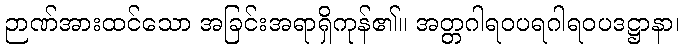
ဉာဏ်အားထင်သော အခြင်းအရာရှိကုန်၏။ အတ္တဂါရဝပရဂါရဝပဒဋ္ဌာနာ၊